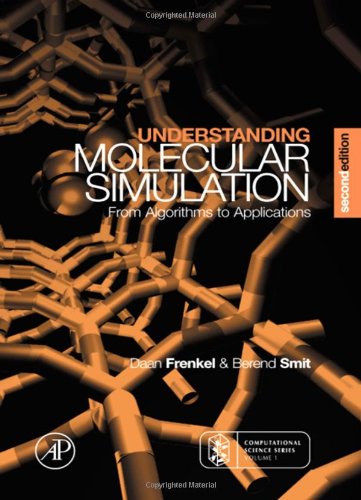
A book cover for Understanding Molecular Simulation, Second Edition: From Algorithms to Applications (Computational Science); Daan Frenkel; Medical Books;